Report of the veterinary officer investigating camel disease
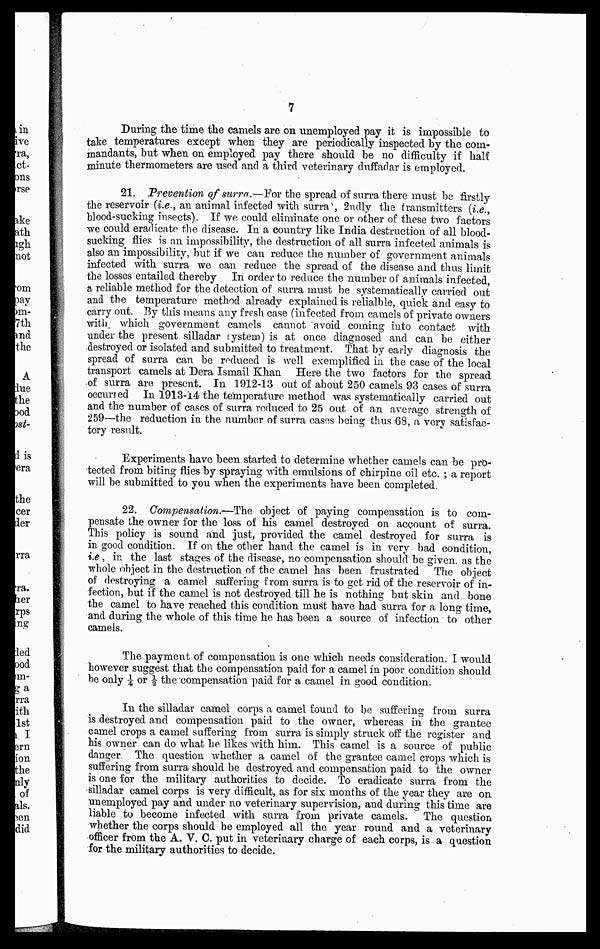
7
During the time the camels are on unemployed pay it is impossible to
take temperatures except when they are periodically inspected by the com-
mandants, but when on employed pay there should be no difficulty if half
minute thermometers are used and a third veterinary duffadar is employed.
21. Prevention of surra.—For the spread of surra there must be firstly
the reservoir (i.e., an animal infected with surra, 2ndly the transmitters (i.e.,
blood-sucking insects). If we could eliminate one or other of these two factors
we could eradicate the disease. In a country like India destruction of all blood-
sucking flies is an impossibility, the destruction of all surra infected animals is
also an impossibility, but if we can reduce the number of government animals
infected with surra we can reduce the spread of the disease and thus limit
the losses entailed thereby In order to reduce the number of animals infected,
a reliable method for the detection of surra must be systematically carried out
and the temperature method already explained is relialble, quick and easy to
carry out. By this means any fresh case (infected from camels of private owners
with which government camels cannot avoid coming into contact with
under the present silladar system) is at once diagnosed and can be either
destroyed or isolated and submitted to treatment. That by early diagnosis the
spread of surra can be reduced is well exemplified in the case of the local
transport camels at Dera Ismail Khan Here the two factors for the spread
of surra are present. In 1912-13 out of about 250 camels 93 cases of surra
occured In 1913-14 the temperature method was systematically carried out
and the number of cases of surra reduced to 25 out of an average strength of
259—the reduction in the number of surra cases being thus 68, a very satisfac-
tory result.
Experiments have been started to determine whether camels can be pro-
tected from biting flies by spraying with emulsions of chirpine oil etc. ; a report
will be submitted to you when the experiments have been completed.
22. Compensation.—The object of paying compensation is to com-
pensate the owner for the loss of his camel destroyed on account of surra.
This policy is sound and just, provided the camel destroyed for surra is
in good condition. If on the other hand the camel is in very bad condition,
i.e, in the last stages of the disease, no compensation should be given as the
whole object in the destruction of the camel has been frustrated The object
of destroying a camel suffering from surra is to get rid of the reservoir of in-
fection, but if the camel is not destroyed till he is nothing but skin and bone
the camel to have reached this condition must have had surra for a long time,
and during the whole of this time he has been a source of infection to other
camels.
The payment of compensation is one which needs consideration. I would
however suggest that the compensation paid for a camel in poor condition should
be only ¼ or ½ the compensation paid for a camel in good condition.
In the silladar camel corps a camel found to be suffering from surra
is destroyed and compensation paid to the owner, whereas in the grantee
camel crops a camel suffering from surra is simply struck off the register and
his owner can do what he likes with him. This camel is a source of public
danger. The question whether a camel of the grantee camel crops which is
suffering from surra should be destroyed and compensation paid to the owner
is one for the military authorities to decide. To eradicate surra from the
silladar camel corps is very difficult, as for six months of the year they are on
unemployed pay and under no veterinary supervision, and during this time are
liable to become infected with surra from private camels. The question
whether the corps should be employed all the year round and a veterinary
officer from the A. V. C. put in veterinary charge of each corps, is a question
for the military authorities to decide.